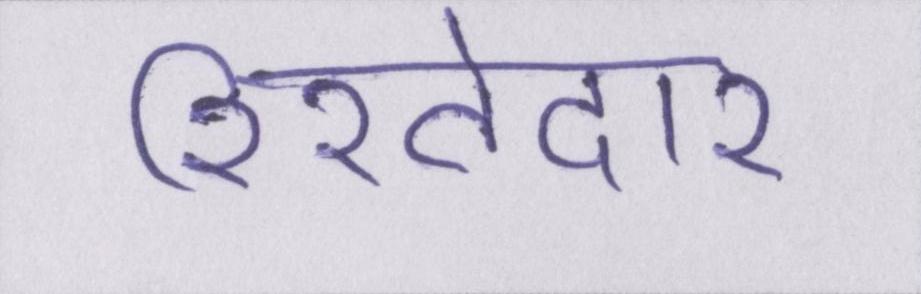
रिश्तेदार